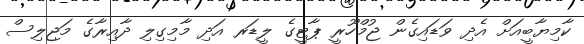
ކާމިޔާބީއަށް އެދި ވަޑައިގެން ޖުމްހޫރީ ޕާޓީގެ ލީޑަރ އަދި މާމިގިލި ދާއިރާގެ މަޖިލިސް